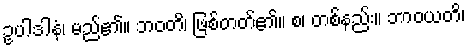
ဥပါဒါနံ၊ မည်၏။ ဘဝတိ၊ ဖြစ်တတ်၏။ စ၊ တစ်နည်း။ ဘာဝယတိ၊